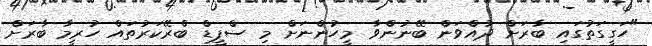
"ހަގީގަތުގައި ބާރަށް ދުއްވަން ބޭނުންވާ މީހުންނަށް މި ސްޕީޑް ބްރޭކަރުތައް ހުރީމާ ބާރަށް